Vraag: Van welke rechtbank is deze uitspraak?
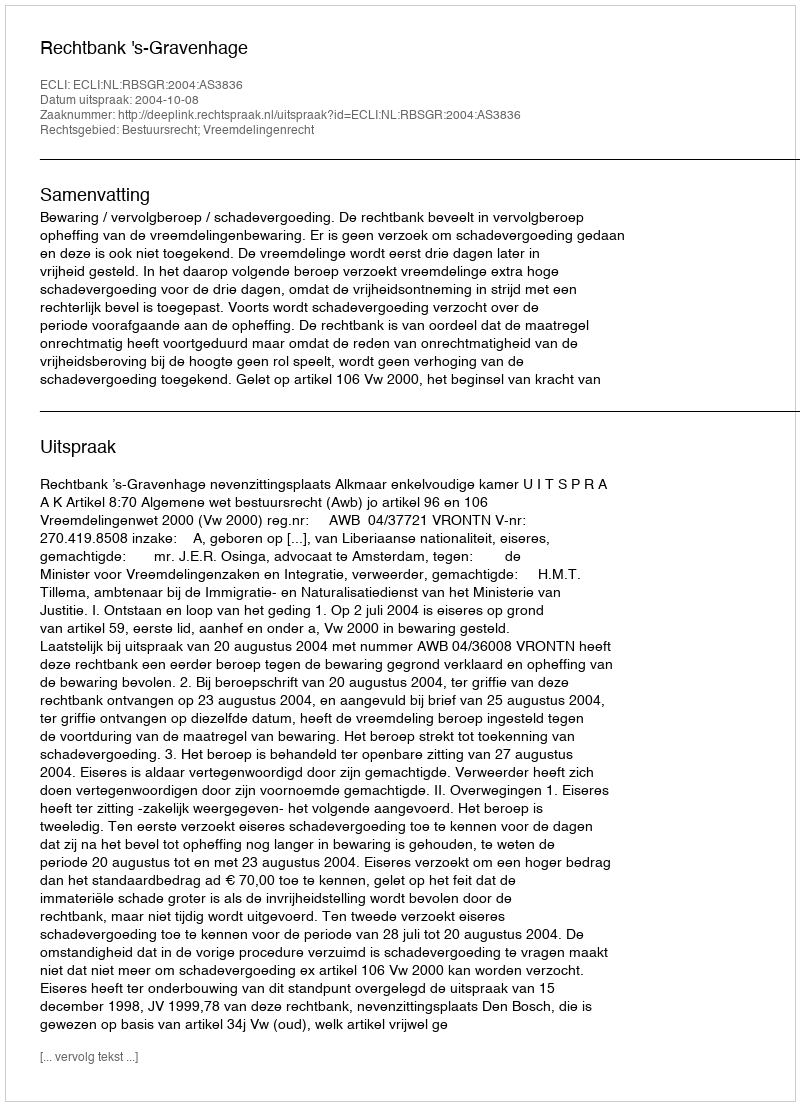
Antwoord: Rechtbank 's-Gravenhage